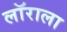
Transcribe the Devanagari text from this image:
लॉराला